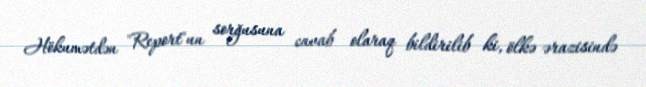
Hökumətdən "Report"un sorğusuna cavab olaraq bildirilib ki, ölkə ərazisində